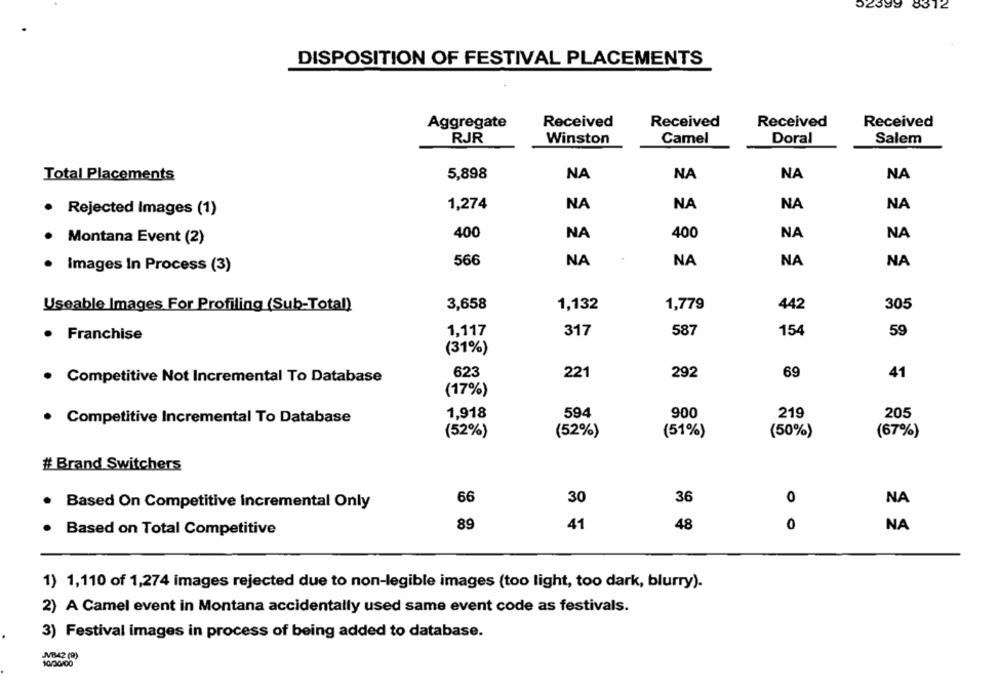
52399
8312
DISPOSITION OF FESTIVAL PLACEMENTS
Aggregate
Received
Received
Received
Received
RJR
Winston
Camel
Doral
Salem
Total Placements
5,898
NA
NA
NA
NA
1,274
NA
NA
NA
NA
Rejected Images (1)
400
NA
400
NA
NA
Montana Event (2)
566
NA
NA
NA
NA
Images In Process (3)
3,658
1,779
442
305
Useable Images For Profiling (Sub-Total)
1,132
1,117
317
587
154
59
· Franchise
(31%)
623
221
292
69
41
· Competitive Not Incremental To Database
(17%)
1,918
594
900
219
205
Competitive Incremental To Database
(52%)
(52%)
(51%)
(50%)
(67%)
# Brand Switchers
66
30
36
0
NA
Based On Competitive Incremental Only
89
41
48
0
NA
Based on Total Competitive
1) 1,110 of 1,274 images rejected due to non-legible images (too light, too dark, blurry).
2) A Camel event in Montana accidentally used same event code as festivals.
3) Festival images in process of being added to database.
MB42 (9)
10/30/00